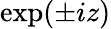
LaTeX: \exp(\pm iz)